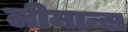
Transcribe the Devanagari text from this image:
लीमान्स